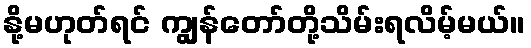
နို့မဟုတ်ရင် ကျွန်တော်တို့သိမ်းရလိမ့်မယ်။